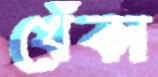
খেঁকা